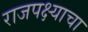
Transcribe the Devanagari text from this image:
राजपक्ष्याचा